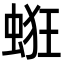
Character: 𧋵